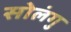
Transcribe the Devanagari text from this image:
सोलंगु